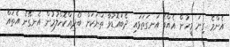
އެންމެ ގިނަ މީހުން އެއްވެ އަނގަތަޅައި ދެބައޮޑުވާ ތަނަކަށް ބޯދިއްކޮށްލުމުން އެނގޭނެ އެތައް